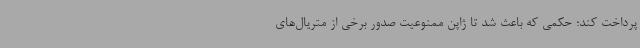
پرداخت کند؛ حکمی که باعث شد تا ژاپن ممنوعیت صدور برخی از متریال‌های